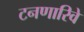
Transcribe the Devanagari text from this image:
टनणारिवे